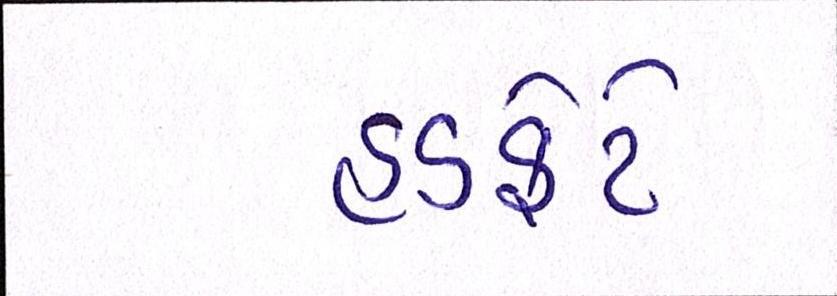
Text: હડફેટે